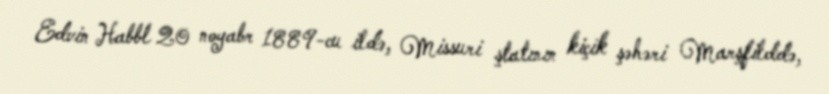
Edvin Habbl 20 noyabr 1889-cu ildə, Missuri ştatının kiçik şəhəri Marşfilddə,